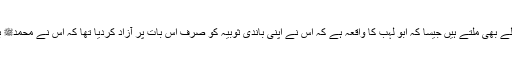
اور اس دن کو منانے کے بہت سے اسلامی حوالے بھی ملتے ہیں جیسا کہ ابو لہب کا واقعہ ہے کہ اس نے اپنی باندی ثوبیہ کو صرف اس بات پر آزاد کردیا تھا کہ اس نے محمدﷺ بن عبداللہ کی پیدائش کی خوشخبری سنائی تھی ۔